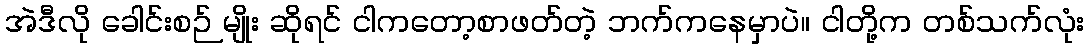
အဲဒီလို ခေါင်းစဉ် မျိုး ဆိုရင် ငါကတော့စာဖတ်တဲ့ ဘက်ကနေမှာပဲ။ ငါတို့က တစ်သက်လုံး